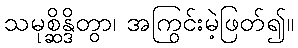
သမုစ္ဆိန္ဒိတွာ၊ အကြွင်းမဲ့ဖြတ်၍။